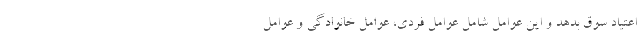
اعتیاد سوق بدهد و این عوامل شامل عوامل فردی، عوامل خانوادگی و عوامل